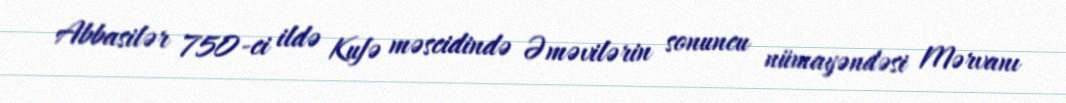
Abbasilər 750-ci ildə Kufə məscidində Əməvilərin sonuncu nümayəndəsi Mərvanı